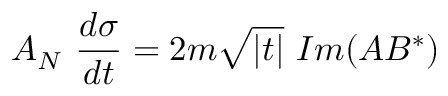
A _ { N } \ \frac { d \sigma } { d t } = 2 m \sqrt { | t | } \ I m ( A B ^ { * } )